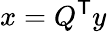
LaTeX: x=Q^{\textsf{T}}y